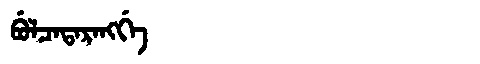
Manchu: ᠪᡠᠯᠴᠠᡨᠠᡵᠠᠩᡤᡝ
Romanization: BULCATARANGGE